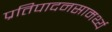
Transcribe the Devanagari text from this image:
प्रतिपादनसामर्थ्य